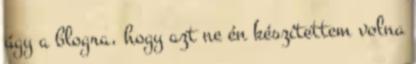
úgy a blogra, hogy azt ne én készítettem volna